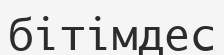
бітімдес